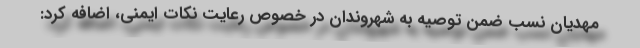
مهدیان نسب ضمن توصیه به شهروندان در خصوص رعایت نکات ایمنی، اضافه کرد: